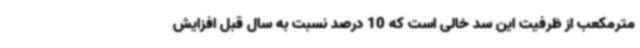
مترمکعب از ظرفیت این سد خالی است که 10 درصد نسبت به سال قبل افزایش